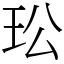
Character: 玜